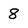
Character: 8